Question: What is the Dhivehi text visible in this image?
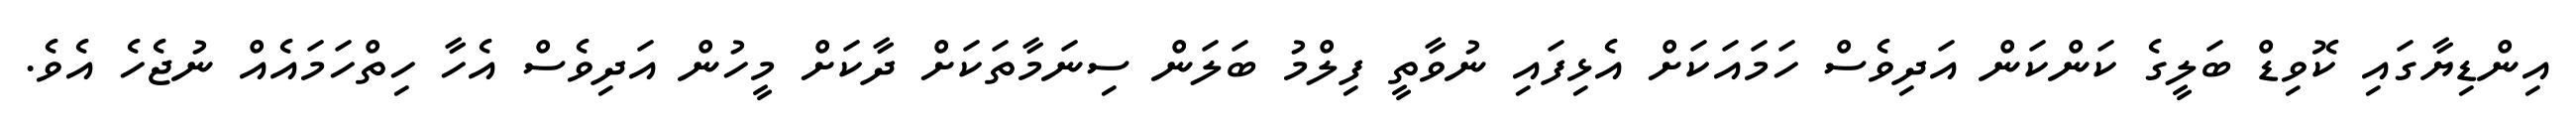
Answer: އިންޑިޔާގައި ކޮވިޑް ބަލީގެ ކަންކަން އަދިވެސް ހަމައަކަށް އެޅިފައި ނުވާތީ ފިލްމު ބަލަން ސިނަމާތަކަށް ދާކަށް މީހުން އަދިވެސް އެހާ ހިތްހަމައެއް ނުޖެހެ އެވެ.